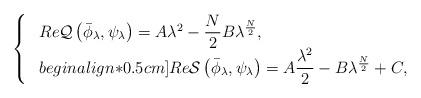
LaTeX: \begin{align*}\left\{~\begin{array}{ll}Re\mathcal{Q}\left(\bar{\phi}_{\lambda},\psi_{\lambda}\right)=A\lambda^2-\dfrac{N}{2}B\lambda^{\frac{N}{2}},\\begin{align*}0.5cm]Re\mathcal{S}\left(\bar{\phi}_{\lambda},\psi_{\lambda}\right)=A\dfrac{\lambda^2}{2}-B\lambda^{\frac{N}{2}}+C,\end{array}\right.\end{align*}